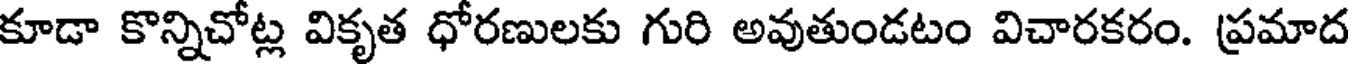
కూడా కొన్నిచోట్ల వికృత ధోరణులకు గురి అవుతుండటం విచారకరం. ప్రమాద